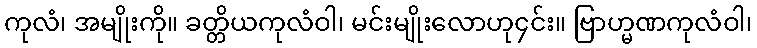
ကုလံ၊ အမျိုးကို။ ခတ္တိယကုလံဝါ၊ မင်းမျိုးလောဟု၄င်း။ ဗြာဟ္မဏကုလံဝါ၊